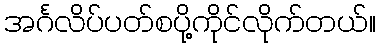
အင်္ဂလိပ်ပတ်စပို့ကိုင်လိုက်တယ်။